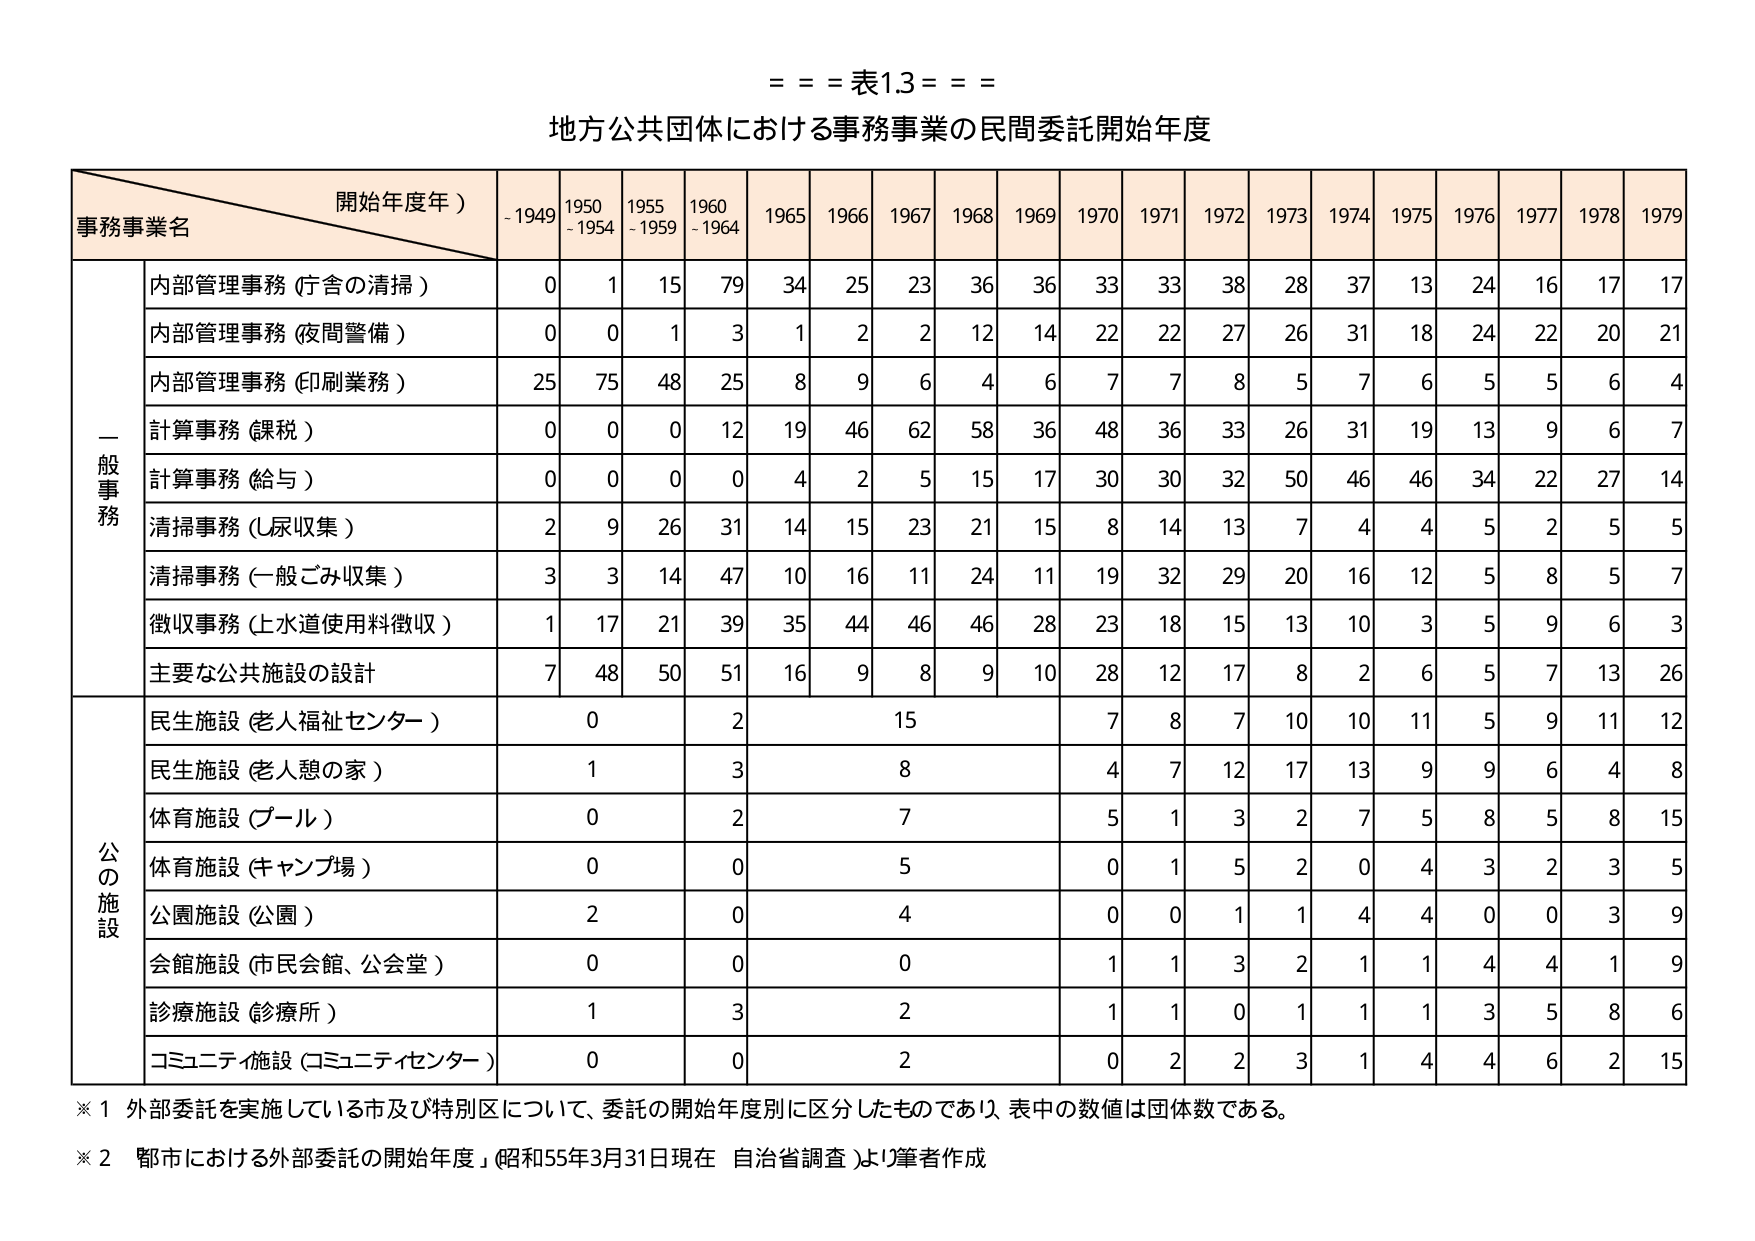
= = = 表1.3 = = =
地方公共団体における事務事業の民間委託開始年度

開始年度年）
- 1949  1950-1954  1955-1959  1960-1964  1965  1966  1967  1968  1969  1970  1971  1972  1973  1974  1975  1976  1977  1978  1979

事務事業名

一般事務
内部管理事務（庁舎の清掃）  0  1  15  79  34  25  23  36  36  33  33  38  28  37  13  24  16  17  17
内部管理事務（夜間警備）  0  0  1  3  1  2  2  12  14  22  22  27  26  31  18  24  22  20  21
内部管理事務（印刷業務）  25  75  48  25  8  9  6  4  6  7  7  8  5  7  6  5  5  6  4
計算事務（課税）  0  0  0  12  19  46  62  58  36  48  36  33  26  31  19  13  9  6  7
計算事務（給与）  0  0  0  0  4  2  5  15  17  30  30  32  50  46  46  34  22  27  14
清掃事務（し尿収集）  2  9  26  31  14  15  23  21  15  8  14  13  7  4  4  5  2  5  5
清掃事務（一般ごみ収集）  3  3  14  47  10  16  11  24  11  19  32  29  20  16  12  5  8  5  7
徴収事務（上水道使用料徴収）  1  17  21  39  35  44  46  46  28  23  18  15  13  10  3  5  9  6  3
主要な公共施設の設計  7  48  50  51  16  9  8  9  10  28  12  17  8  2  6  5  7  13  26

公の施設
民生施設（老人福祉センター）  0  2  15  7  8  7  10  10  11  5  9  11  12
民生施設（老人憩の家）  1  3  8  4  7  12  17  13  9  9  6  4  8
体育施設（プール）  0  2  7  5  1  3  2  7  5  8  5  8  15
体育施設（キャンプ場）  0  0  5  0  1  5  2  0  4  3  2  3  5
公園施設（公園）  2  0  4  0  0  1  1  4  4  0  0  3  9
会館施設（市民会館、公会堂）  0  0  0  1  1  3  2  1  1  4  4  1  9
診療施設（診療所）  1  3  2  1  1  0  1  1  1  3  5  8  6
コミュニティ施設（コミュニティセンター）  0  0  2  0  2  2  3  1  4  4  6  2  15

※1 外部委託を実施している市及び特別区について、委託の開始年度別に区分したものであり、表中の数値は団体数である。
※2 「都市における外部委託の開始年度」（昭和55年3月31日現在 自治省調査）より筆者作成